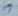
Text: 1